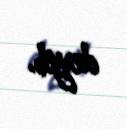
deyib.